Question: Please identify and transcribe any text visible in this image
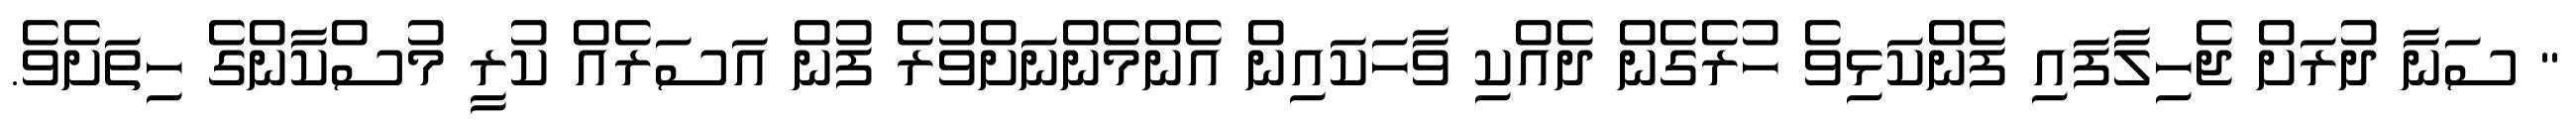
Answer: " ސަނާ ދުރަށް ޖެހިލާފައި ފެންކަޅިވެ ހުރެގެން ދެއްކި ވާހަކައިން އެންމެންނަށްވުރެ ފުން އަސަރެއް ކުރީ މުސްކާންގެ ހިތަށެވެ.